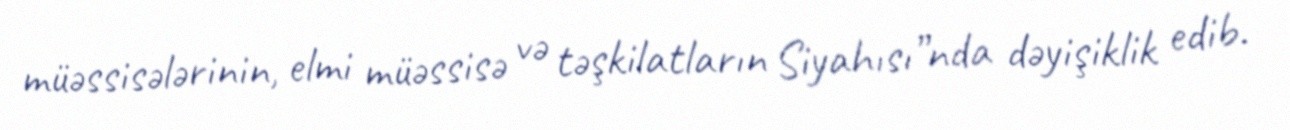
müəssisələrinin, elmi müəssisə və təşkilatların Siyahısı”nda dəyişiklik edib.